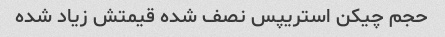
حجم چیکن استریپس نصف شده قیمتش زیاد شده